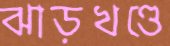
ঝাড়খণ্ডে